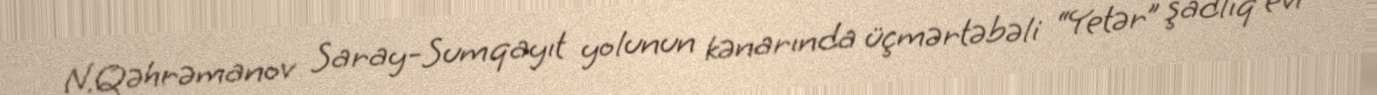
N.Qəhrəmanov Saray-Sumqayıt yolunun kənarında üçmərtəbəli “Yetər” şadlıq evi